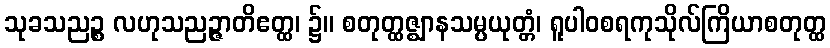
သုခသညဉ္စ လဟုသညဉ္ဇာတိဧတ္ထ၊ ၌။ စတုတ္ထဇ္ဈာနသမ္ပယုတ္တံ၊ ရူပါဝစရကုသိုလ်ကြိယာစတုတ္ထ